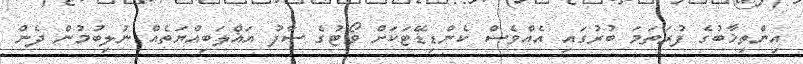
އިންތިޚާބުގެ ފުރަތަމަ ބުރުގައި އެއްވެސް ކެންޑިޑޭޓަކަށް ވޯޓުގެ ސާފު އަޣްލަބިއްޔަތެއް ނުލިބުމުން ދެން